Vaccination report Assam 1874-1896 - 1874-1896
Year: 1874
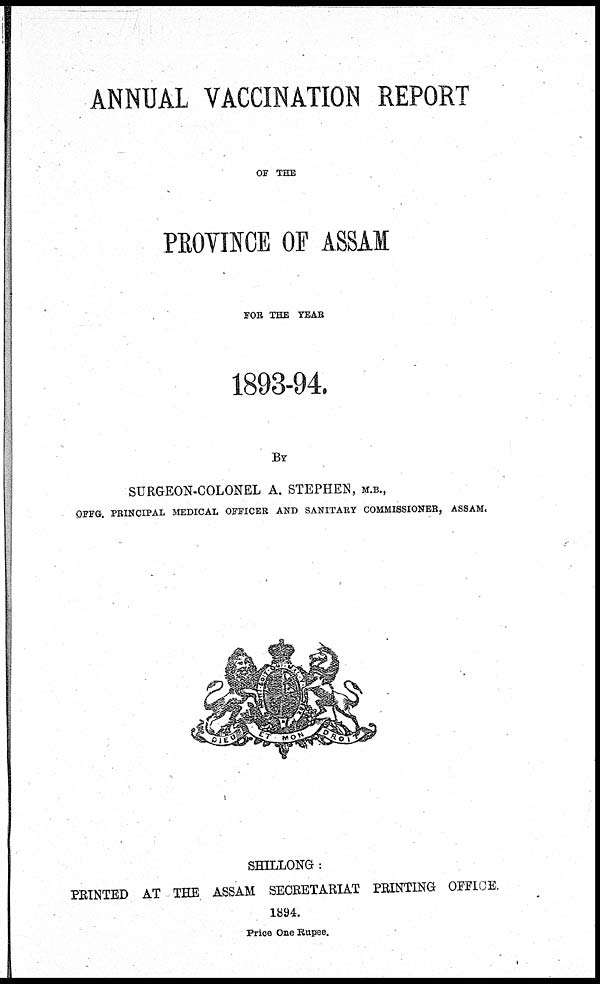
ANNUAL VACCINATION REPORT
OF THE
PROVINCE OF ASSAM
FOR THE YEAR
1893-94.
BY
SURGEON-COLONEL A. STEPHEN, M.B.,
OFFG. PRINCIPAL MEDICAL OFFICER AND SANITARY COMMISSIONER, ASSAM.
SHILLONG :
PRINTED AT THE ASSAM SECRETARIAT PRINTING OFFICE.
1894.
Price One Rupee.